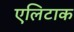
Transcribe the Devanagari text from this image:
एलिटाक